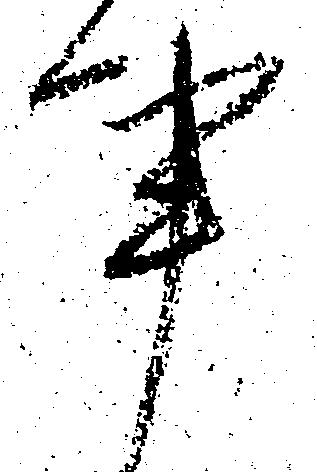
事